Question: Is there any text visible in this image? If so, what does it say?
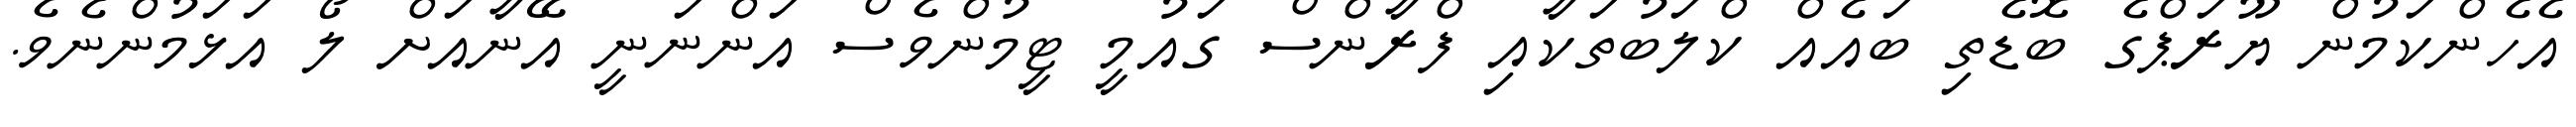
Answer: އެހެންކަމުން ޔޫރަޕްގެ ބޮޑެތި ބައެއް ކްލަބުތަކާއި ފްރާންސް ގައުމީ ޓީމުންވެސް އަންނަނީ އޭނާއަށް ލޯ އަޅަމުންނެވެ.